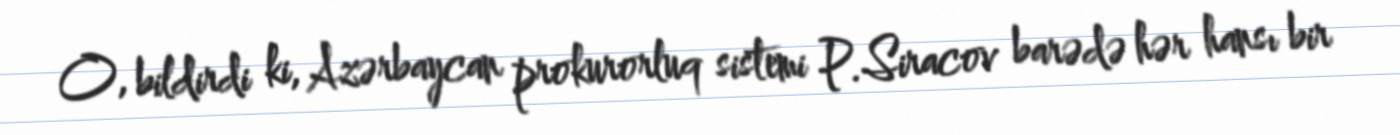
O, bildirdi ki, Azərbaycan prokurorluq sistemi P.Siracov barədə hər hansı bir